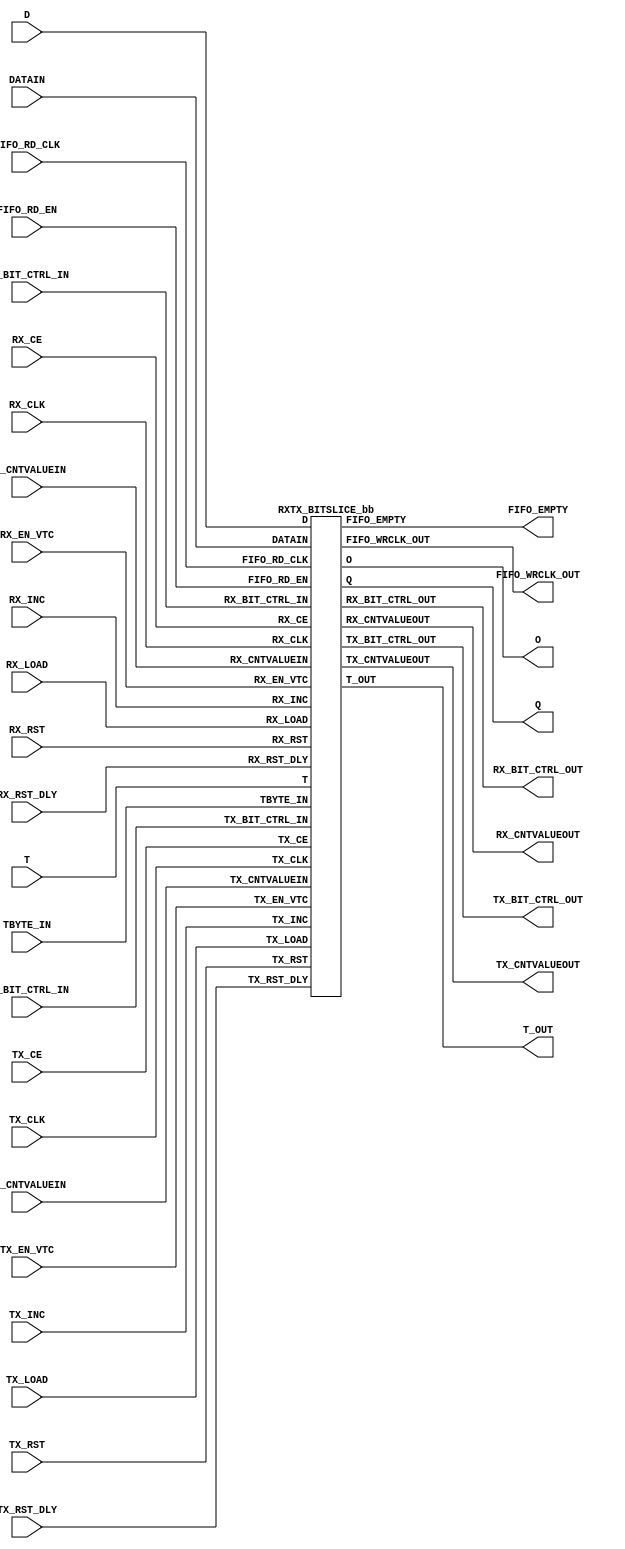
///////////////////////////////////////////////////////////////////////////////
//  Copyright (c) 1995/2015 Xilinx, Inc.
//  All Right Reserved.
///////////////////////////////////////////////////////////////////////////////
//
//   ____   ___
//  /   /\/   / 
// /___/  \  /     Vendor      : Xilinx 
// \   \   \/      Version     : 2015.4
//  \   \          Description : Xilinx Formal Library Component
//  /   /                        
// /___/   /\      Filename    : RXTX_BITSLICE.v
// \   \  /  \ 
//  \___\/\___\                    
//                                 
///////////////////////////////////////////////////////////////////////////////
//  Revision:
//    10/31/14 - Added inverter functionality for IS_*_INVERTED parameter (CR 828995).
//  End Revision:
///////////////////////////////////////////////////////////////////////////////

`timescale 1 ps / 1 ps 

`celldefine

module RXTX_BITSLICE #(
  `ifdef XIL_TIMING //Simprim 
  parameter LOC = "UNPLACED",  
  `endif
  parameter FIFO_SYNC_MODE = "FALSE",
  parameter [0:0] INIT = 1'b1,
  parameter [0:0] IS_RX_CLK_INVERTED = 1'b0,
  parameter [0:0] IS_RX_RST_DLY_INVERTED = 1'b0,
  parameter [0:0] IS_RX_RST_INVERTED = 1'b0,
  parameter [0:0] IS_TX_CLK_INVERTED = 1'b0,
  parameter [0:0] IS_TX_RST_DLY_INVERTED = 1'b0,
  parameter [0:0] IS_TX_RST_INVERTED = 1'b0,
  parameter LOOPBACK = "FALSE",
  parameter NATIVE_ODELAY_BYPASS = "FALSE",
  parameter ENABLE_PRE_EMPHASIS = "FALSE",
  parameter RX_DATA_TYPE = "NONE",
  parameter integer RX_DATA_WIDTH = 8,
  parameter RX_DELAY_FORMAT = "TIME",
  parameter RX_DELAY_TYPE = "FIXED",
  parameter integer RX_DELAY_VALUE = 0,
  parameter real RX_REFCLK_FREQUENCY = 300.0,
  parameter RX_UPDATE_MODE = "ASYNC",
  parameter SIM_DEVICE = "ULTRASCALE",  
  parameter real SIM_VERSION = 2.0,           
  parameter TBYTE_CTL = "TBYTE_IN",
  parameter integer TX_DATA_WIDTH = 8,
  parameter TX_DELAY_FORMAT = "TIME",
  parameter TX_DELAY_TYPE = "FIXED",
  parameter integer TX_DELAY_VALUE = 0,
  parameter TX_OUTPUT_PHASE_90 = "FALSE",
  parameter real TX_REFCLK_FREQUENCY = 300.0,
  parameter TX_UPDATE_MODE = "ASYNC"
)(
  output FIFO_EMPTY,
  output FIFO_WRCLK_OUT,
  output O,
  output [7:0] Q,
  output [39:0] RX_BIT_CTRL_OUT,
  output [8:0] RX_CNTVALUEOUT,
  output [39:0] TX_BIT_CTRL_OUT,
  output [8:0] TX_CNTVALUEOUT,
  output T_OUT,

  input [7:0] D,
  input DATAIN,
  input FIFO_RD_CLK,
  input FIFO_RD_EN,
  input [39:0] RX_BIT_CTRL_IN,
  input RX_CE,
  input RX_CLK,
  input [8:0] RX_CNTVALUEIN,
  input RX_EN_VTC,
  input RX_INC,
  input RX_LOAD,
  input RX_RST,
  input RX_RST_DLY,
  input T,
  input TBYTE_IN,
  input [39:0] TX_BIT_CTRL_IN,
  input TX_CE,
  input TX_CLK,
  input [8:0] TX_CNTVALUEIN,
  input TX_EN_VTC,
  input TX_INC,
  input TX_LOAD,
  input TX_RST,
  input TX_RST_DLY
);

  wire RX_CLK_in;
  wire RX_RST_DLY_in;
  wire RX_RST_in;
  wire TX_CLK_in;
  wire TX_RST_DLY_in;
  wire TX_RST_in;
   
  assign RX_CLK_in = RX_CLK ^ IS_RX_CLK_INVERTED;
  assign RX_RST_DLY_in = RX_RST_DLY ^ IS_RX_RST_DLY_INVERTED;
  assign RX_RST_in = RX_RST ^ IS_RX_RST_INVERTED;
  assign TX_CLK_in = TX_CLK ^ IS_TX_CLK_INVERTED;
  assign TX_RST_DLY_in = TX_RST_DLY ^ IS_TX_RST_DLY_INVERTED;
  assign TX_RST_in = TX_RST ^ IS_TX_RST_INVERTED;
   
   RXTX_BITSLICE_bb inst_bb (
               .FIFO_EMPTY(FIFO_EMPTY),
               .FIFO_WRCLK_OUT(FIFO_WRCLK_OUT),
               .O(O),
               .Q(Q),
               .RX_BIT_CTRL_OUT(RX_BIT_CTRL_OUT),
               .RX_CNTVALUEOUT(RX_CNTVALUEOUT),
               .TX_BIT_CTRL_OUT(TX_BIT_CTRL_OUT),
               .TX_CNTVALUEOUT(TX_CNTVALUEOUT),
               .T_OUT(T_OUT),
               .D(D),
               .DATAIN(DATAIN),
               .FIFO_RD_CLK(FIFO_RD_CLK),
               .FIFO_RD_EN(FIFO_RD_EN),
               .RX_BIT_CTRL_IN(RX_BIT_CTRL_IN),
               .RX_CE(RX_CE),
               .RX_CLK(RX_CLK_in),
               .RX_CNTVALUEIN(RX_CNTVALUEIN),
               .RX_EN_VTC(RX_EN_VTC),
               .RX_INC(RX_INC),
               .RX_LOAD(RX_LOAD),
               .RX_RST(RX_RST_in),
               .RX_RST_DLY(RX_RST_DLY_in),
               .T(T),
               .TBYTE_IN(TBYTE_IN),
               .TX_BIT_CTRL_IN(TX_BIT_CTRL_IN),
               .TX_CE(TX_CE),
               .TX_CLK(TX_CLK_in),
               .TX_CNTVALUEIN(TX_CNTVALUEIN),
               .TX_EN_VTC(TX_EN_VTC),
               .TX_INC(TX_INC),
               .TX_LOAD(TX_LOAD),
               .TX_RST(TX_RST_in),
               .TX_RST_DLY(TX_RST_DLY_in)
               );

endmodule

module RXTX_BITSLICE_bb (
  output FIFO_EMPTY,
  output FIFO_WRCLK_OUT,
  output O,
  output [7:0] Q,
  output [39:0] RX_BIT_CTRL_OUT,
  output [8:0] RX_CNTVALUEOUT,
  output [39:0] TX_BIT_CTRL_OUT,
  output [8:0] TX_CNTVALUEOUT,
  output T_OUT,

  input [7:0] D,
  input DATAIN,
  input FIFO_RD_CLK,
  input FIFO_RD_EN,
  input [39:0] RX_BIT_CTRL_IN,
  input RX_CE,
  input RX_CLK,
  input [8:0] RX_CNTVALUEIN,
  input RX_EN_VTC,
  input RX_INC,
  input RX_LOAD,
  input RX_RST,
  input RX_RST_DLY,
  input T,
  input TBYTE_IN,
  input [39:0] TX_BIT_CTRL_IN,
  input TX_CE,
  input TX_CLK,
  input [8:0] TX_CNTVALUEIN,
  input TX_EN_VTC,
  input TX_INC,
  input TX_LOAD,
  input TX_RST,
  input TX_RST_DLY
);

endmodule

`endcelldefine